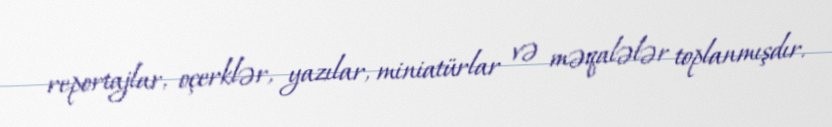
reportajlar, oçerklər, yazılar, miniatürlar və məqalələr toplanmışdır.